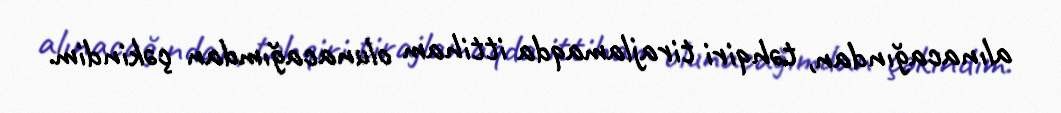
alınacağından, təhqiri tirajlamaqda ittiham olunacağımdan çəkindim.